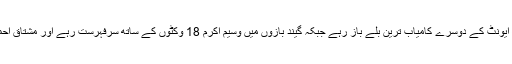
اس ایونٹ میں میانداد 437 رنز کے ساتھ ایونٹ کے دوسرے کامیاب ترین بلے باز رہے جبکہ گیند بازوں میں وسیم اکرم 18 وکٹوں کے ساتھ سرفہرست رہے اور مشتاق احمد نے 16 وکٹیں لے کر ان کا ساتھ نبھایا۔